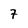
Character: 7